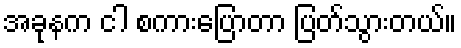
အခုနက ငါ စကားပြောတာ ပြတ်သွားတယ်။